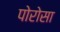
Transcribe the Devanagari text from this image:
पोरोसा